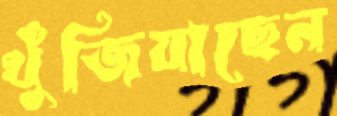
খুঁজিয়াছেন